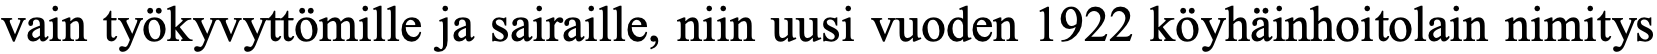
vain työkyvyttömille ja sairaille, niin uusi vuoden 1922 köyhäinhoitolain nimitys